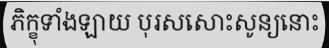
ភិក្ខុទាំងឡាយ បុរសសោះសូន្យនោះ